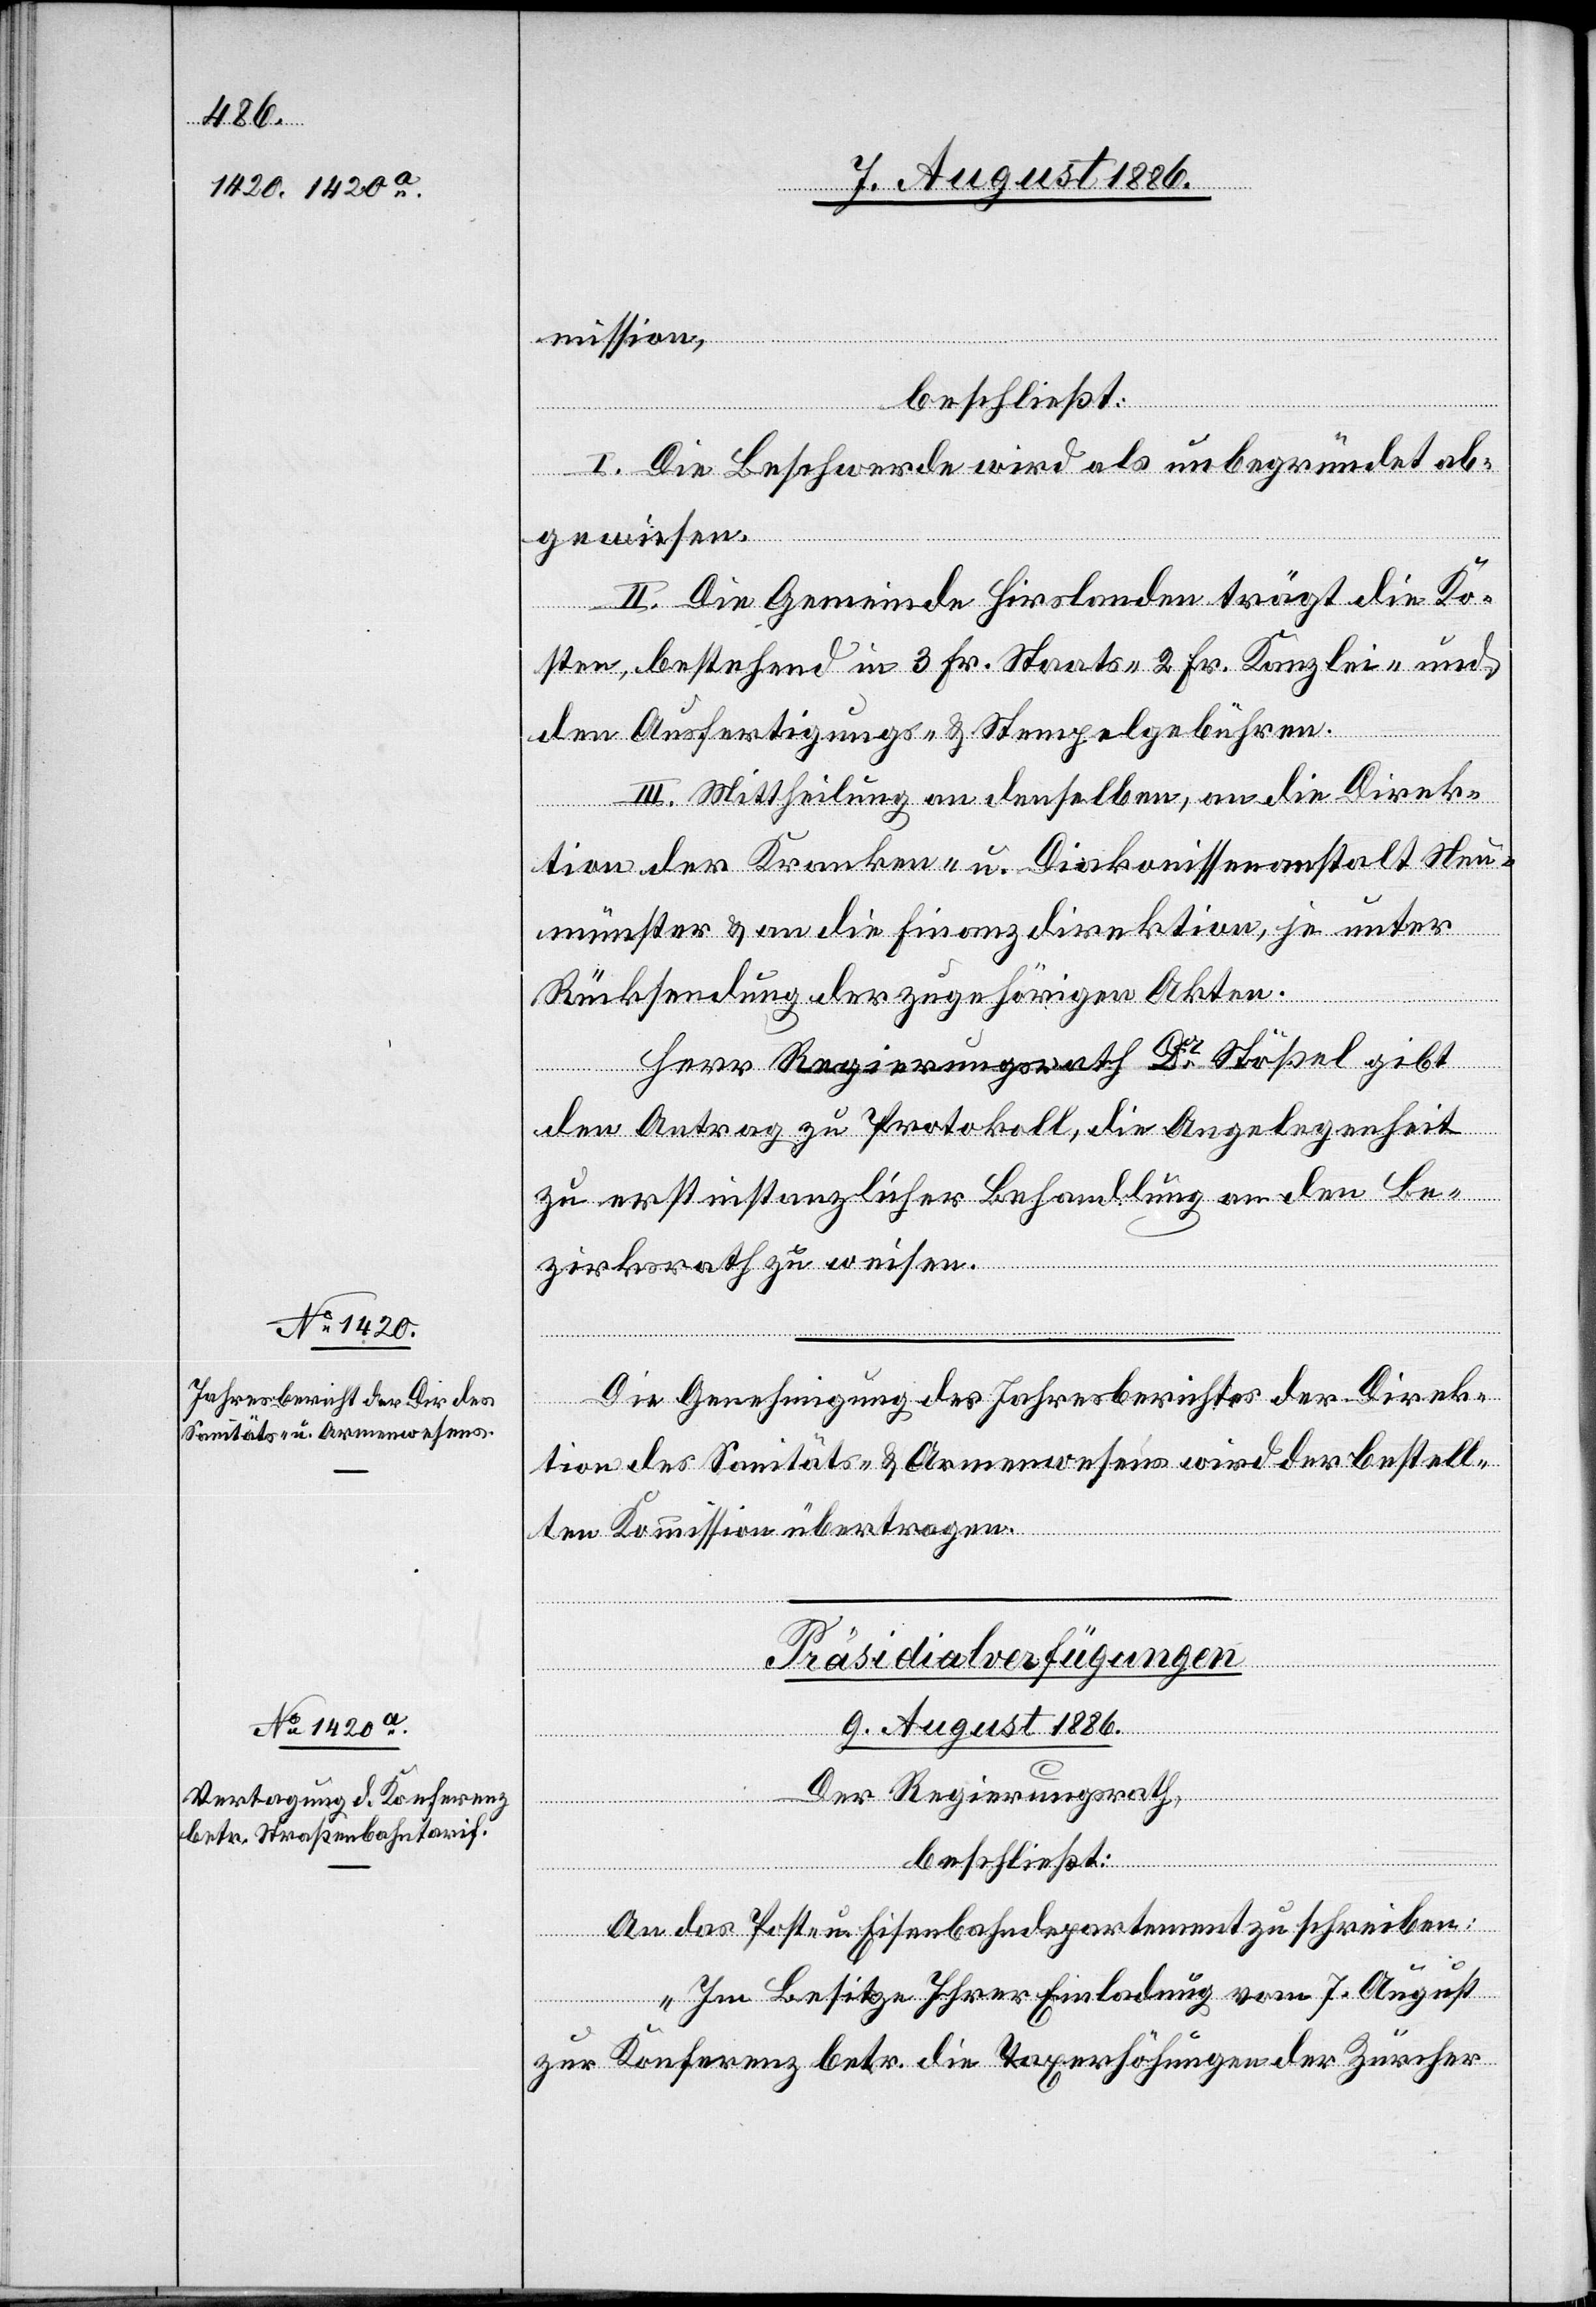
Die Genehmigung des Jahresberichtes der Direk¬
tion des Sanitäts- & Armenwesens wird der bestell¬
ten Kommission übertragen.
Präsidialverfügungen
9. August 1886.
Der Regierungsrath,
beschließt:
An das Post- & Eisenbahndepartement zu schreiben:
„Im Besitze Ihrer Einladung vom 7. August
zur Konferenz betr. die Taxerhöhungen der Zürcher